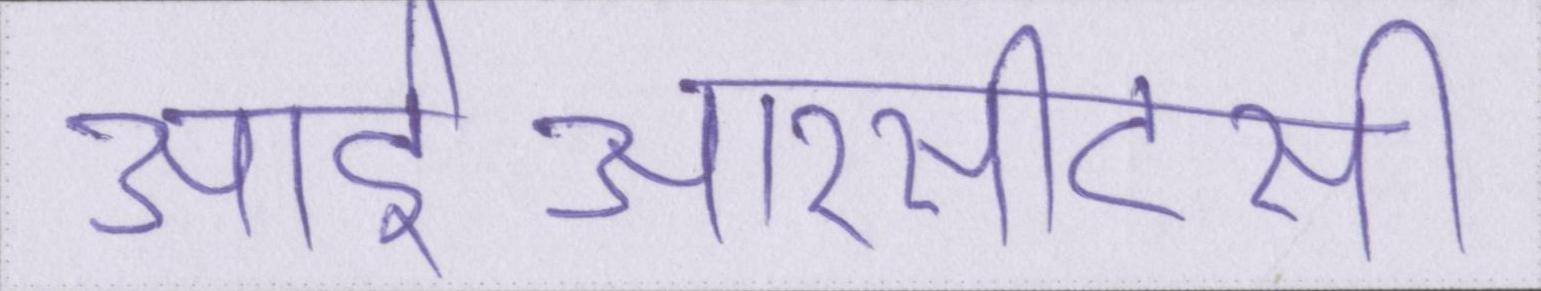
आईआरसीटीसी